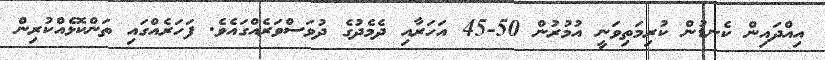
އިއްދައިން ކެނޑުން ކުރިމަތިވަނީ އުމުރުން 50-45 އަހަރާއި ދެމެދުގެ ދުވަސްވަރެއްގައެވެ. ފަހަރެއްގައި ތަންކޮޅެއްކުރިން